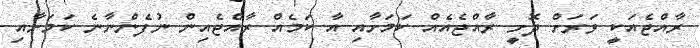
ރާއްޖެއަކީ ވަރަށް ދޮށީ ރާއްޖެއެއް ކަމަށާއި އާ ކަމެއް ރާއްޖެއިން ނުފެންނާނެ ކަމަށާއި